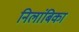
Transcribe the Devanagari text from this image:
निलांबिका